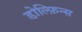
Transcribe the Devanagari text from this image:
डोल्फ़िन्स